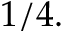
1 / 4 .